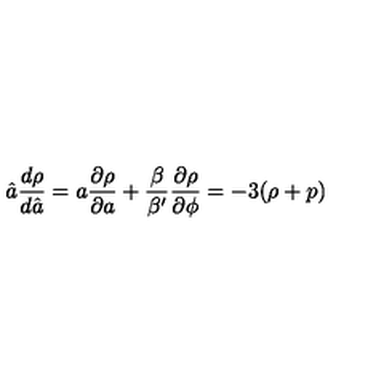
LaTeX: \hat { a } \frac { d \rho } { d \hat { a } } = a \frac { \partial \rho } { \partial a } + \frac { \beta } { \beta ^ { \prime } } \frac { \partial \rho } { \partial \phi } = - 3 ( \rho + p )